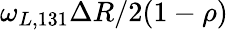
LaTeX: \omega_{L,131}\Delta R/2(1-\rho)